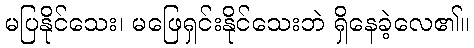
မပြနိုင်သေး၊ မဖြေရှင်းနိုင်သေးဘဲ ရှိနေခဲ့လေ၏။